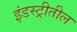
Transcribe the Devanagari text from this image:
इंडस्ट्रीतील